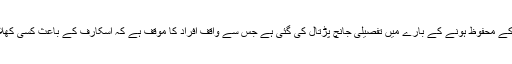
پابندی کے بعد سے اسکارف کے استعمال کے محفوظ ہونے کے بارے میں تفصیلی جانچ پڑتال کی گئی ہے جس سے واقف افراد کا موقف ہے کہ اسکارف کے باعث کسی کھلاڑی کو آج تک کوئی گزند نہیں پہنچی ہے۔